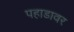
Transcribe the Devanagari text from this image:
पहाडावर